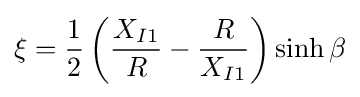
\xi ={\frac {1}{2}}\left({\frac {X_{I1}}{R}}-{\frac {R}{X_{I1}}}\right)\sinh \beta